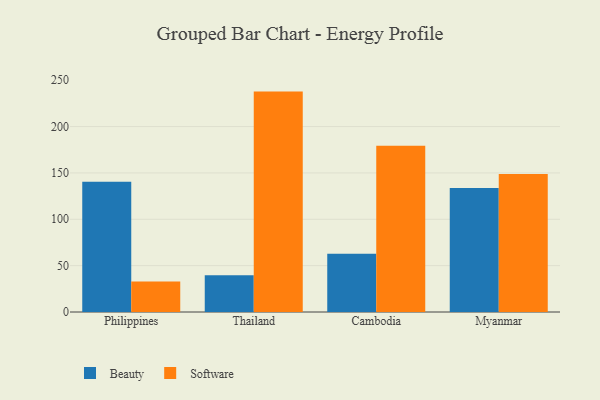
{"axis": {"x": "Country", "y": "Net Income (USD K)"}, "legend": ["Beauty", "Software"], "data": [{"x": "Philippines", "y": 140.6, "type": "Beauty"}, {"x": "Philippines", "y": 32.9, "type": "Software"}, {"x": "Thailand", "y": 39.6, "type": "Beauty"}, {"x": "Thailand", "y": 237.7, "type": "Software"}, {"x": "Cambodia", "y": 62.8, "type": "Beauty"}, {"x": "Cambodia", "y": 179.2, "type": "Software"}, {"x": "Myanmar", "y": 133.8, "type": "Beauty"}, {"x": "Myanmar", "y": 148.9, "type": "Software"}]}